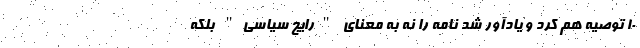
۱۰ توصیه هم کرد و یادآور شد نامه را نه به معنای "رایج سیاسی" بلکه